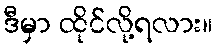
ဒီမှာ ထိုင်လို့ရလား။